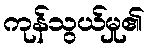
ကုန်သွယ်မှု၏